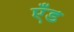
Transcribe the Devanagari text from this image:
एँड